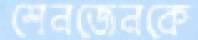
শেনজেনকে